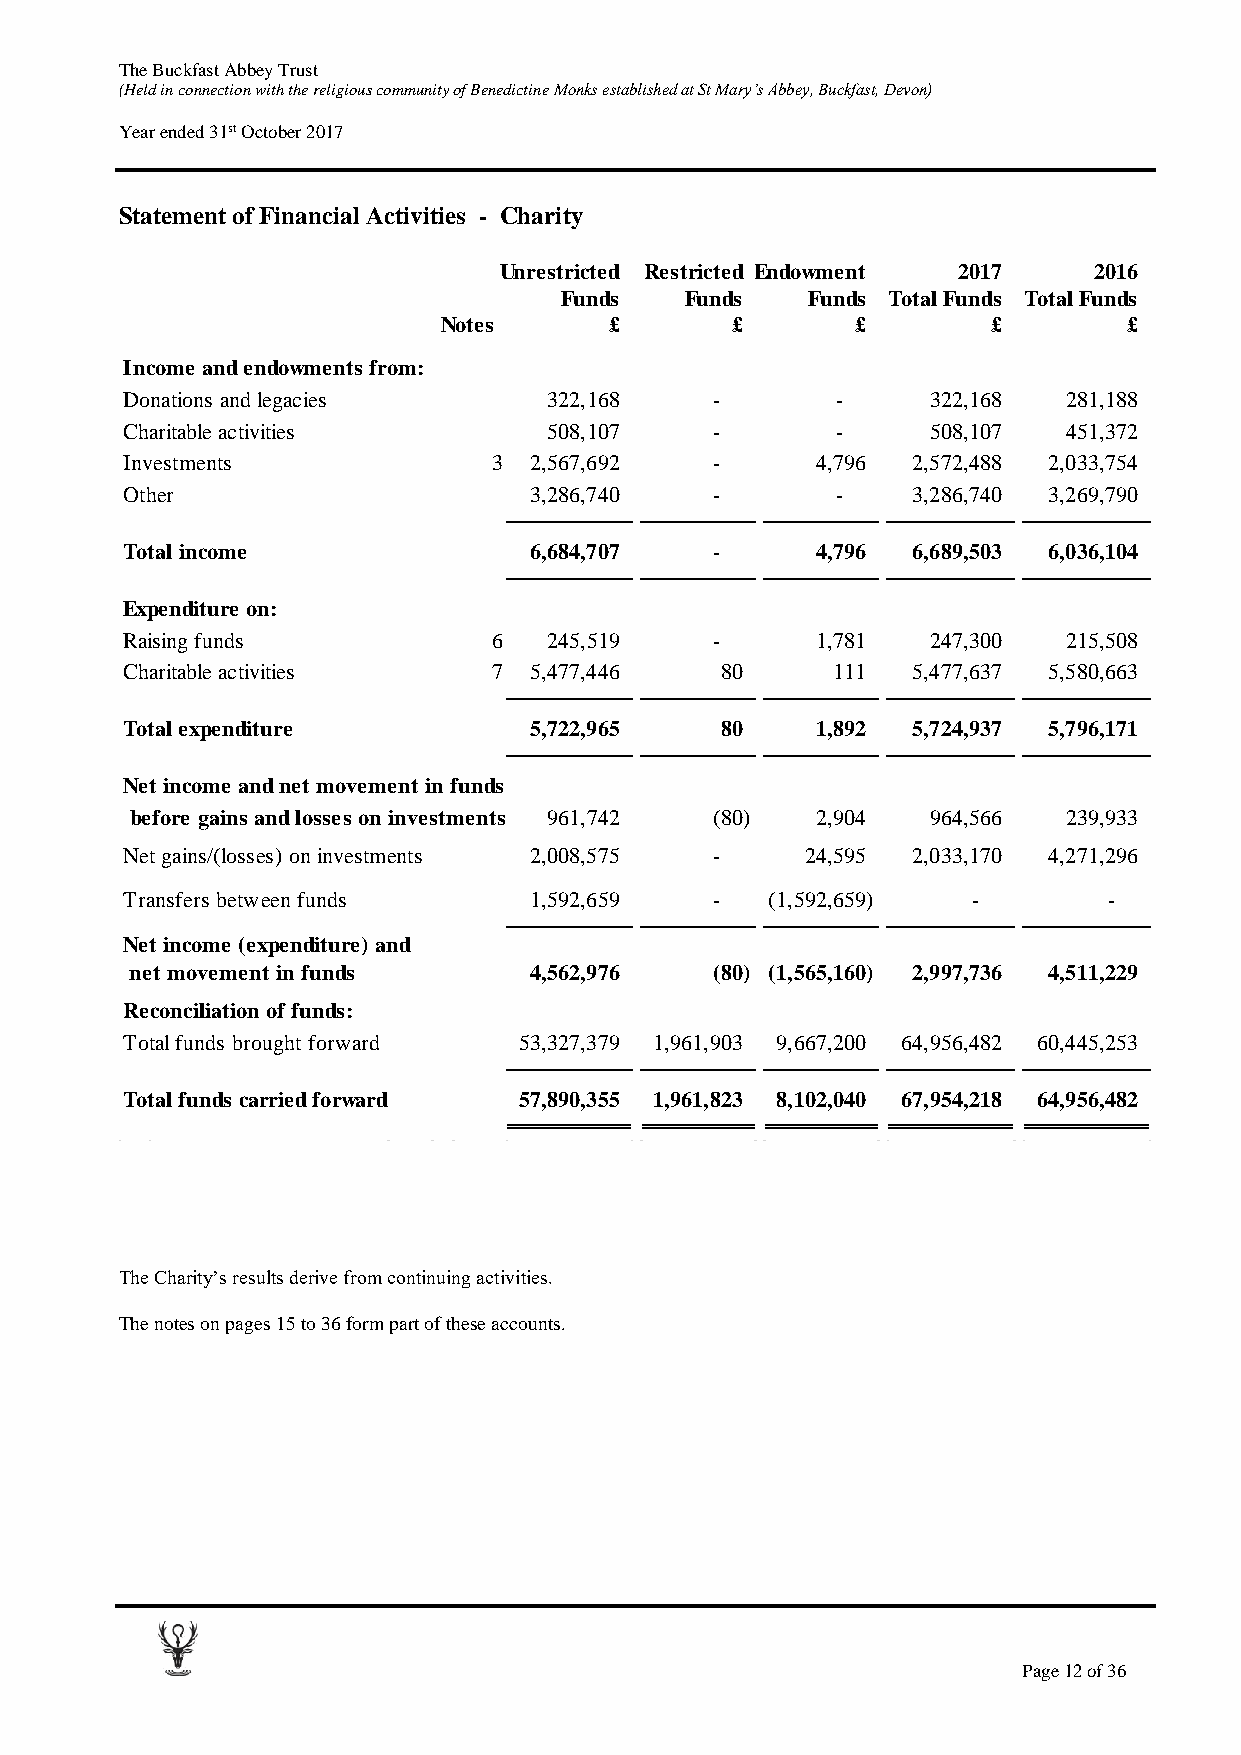
The Buckfast Abbey Trust
 (Held in connection with the religious community of Benedictine Monks established at St Mary’s Abbey, Buckfast, Devon)
 Year ended 31st October 2017
 Statement of Financial Activities - Charity
 Unrestricted Restricted Endowment 2017 2016
 Funds   Funds   Funds Total Funds Total Funds
 Notes      £       £        £        £        £
 Income and endowments from:
 Donations and legacies      322,168    -       -      322,168  281,188
 Charitable activities       508,107    -       -      508,107  451,372
 Investments              3 2,567,692   -      4,796 2 ,572,488 2 ,033,754
 Other                      3,286,740   -       -    3 ,286,740 3 ,269,790
 Total income               6,684,707   -      4,796 6 ,689,503 6 ,036,104
 Expenditure on:
 Raising funds            6  245,519    -      1,781   247,300  215,508
 Charitable activities    7 5,477,446    80     1 11 5 ,477,637 5 ,580,663
 Total expenditure          5,722,965    80    1,892 5 ,724,937 5 ,796,171
 Net income and net movement in funds
 before gains and losses on investments 961,742 (80) 2,904 964,566 239,933
 Net gains/(losses) on investments 2,008,575 - 24,595 2 ,033,170 4 ,271,296
 Transfers between funds    1,592,659   -   (1,592,659)  -        -
 Net income (expenditure) and
 net movement in funds     4,562,976   (80) (1,565,160) 2 ,997,736 4 ,511,229
 Reconciliation of funds:
 Total funds brought forward 5 3,327,379 1 ,961,903 9 ,667,200 64,956,482 60,445,253
 Total funds carried forward 5 7,890,355 1 ,961,823 8 ,102,040 67,954,218 64,956,482
 The Charity’s results derive from continuing activities.
 The notes on pages 15 to 36 form part of these accounts.
 Page 12 of 36